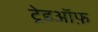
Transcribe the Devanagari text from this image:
ट्रेडऑफ़